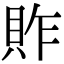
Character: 䝫